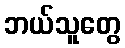
ဘယ်သူတွေ